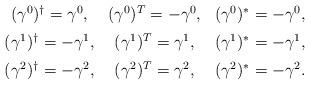
LaTeX: \begin{align*}\begin{array}{ccc}(\gamma^0)^{\dagger}=\gamma^0,& (\gamma^0)^T=-\gamma^0,&(\gamma^0)^*=-\gamma^0,\\ [2mm](\gamma^1)^{\dagger}=-\gamma^1,& (\gamma^1)^T=\gamma^1,&(\gamma^1)^*=-\gamma^1,\\ [2mm](\gamma^2)^{\dagger}=-\gamma^2,& (\gamma^2)^T=\gamma^2,&(\gamma^2)^*=-\gamma^2.\end{array}\end{align*}